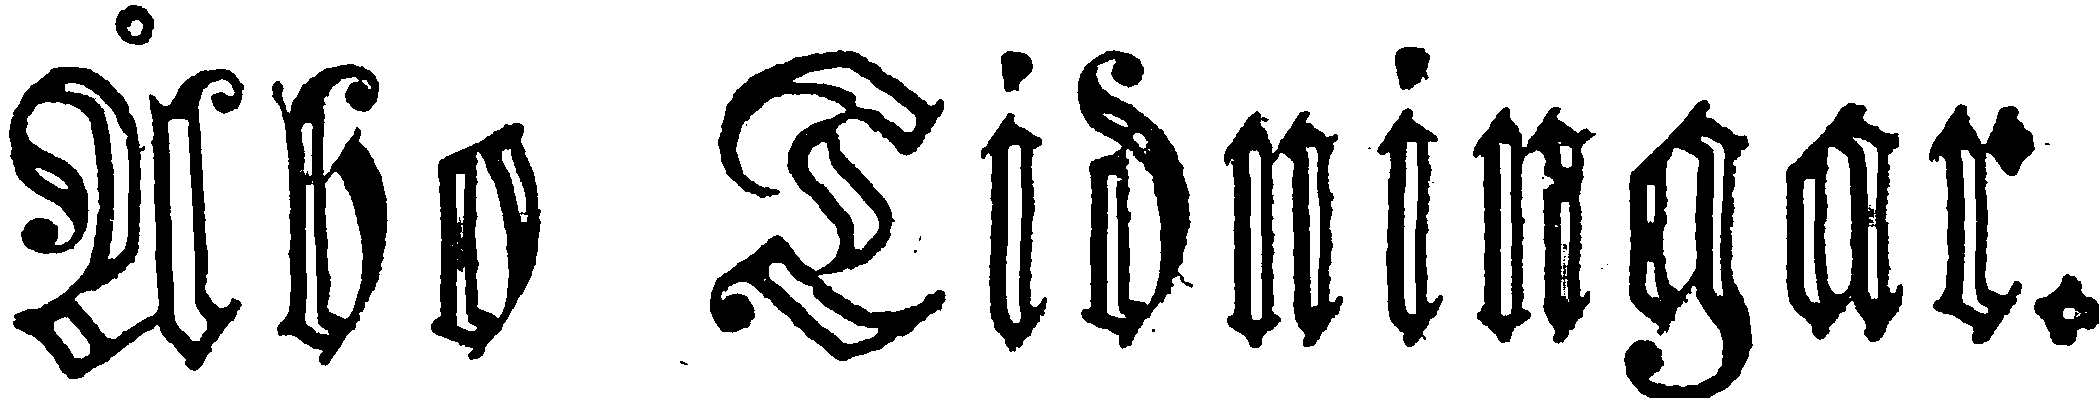
Åbo Tidningar.